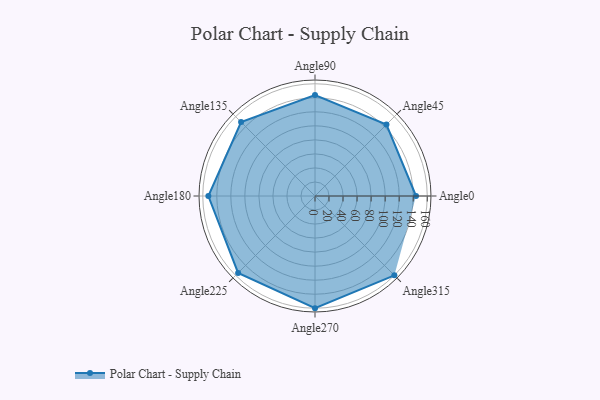
{"axis": {"x": "Angle", "y": "Radius"}, "legend": [""], "data": [{"x": "Angle0", "y": 144.0, "type": ""}, {"x": "Angle45", "y": 144.0, "type": ""}, {"x": "Angle90", "y": 144.0, "type": ""}, {"x": "Angle135", "y": 149.0, "type": ""}, {"x": "Angle180", "y": 152.0, "type": ""}, {"x": "Angle225", "y": 155.0, "type": ""}, {"x": "Angle270", "y": 160.0, "type": ""}, {"x": "Angle315", "y": 160.0, "type": ""}]}